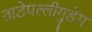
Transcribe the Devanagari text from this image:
ताडेपल्लीगुडेम